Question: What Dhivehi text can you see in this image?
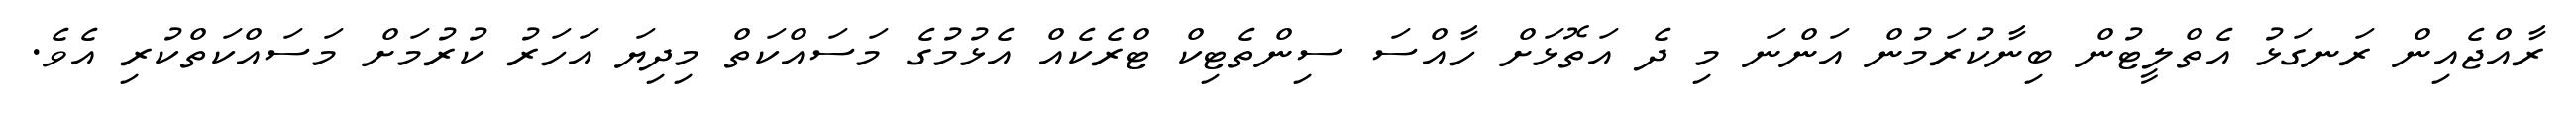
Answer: ރާއްޖެއިން ރަނގަޅު އެތްލީޓުން ބިނާކުރަމުން އަންނަ މި ދެ އަތޮޅަށް ހާއްސަ ސިންތެޓިކް ޓްރެކެއް އެޅުމުގެ މަސައްކަތް މިދިޔަ އަހަރު ކުރުމަށް މަސައްކަތްކުރި އެވެ.